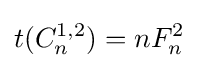
t(C_{n}^{1,2})=nF_{n}^{2}